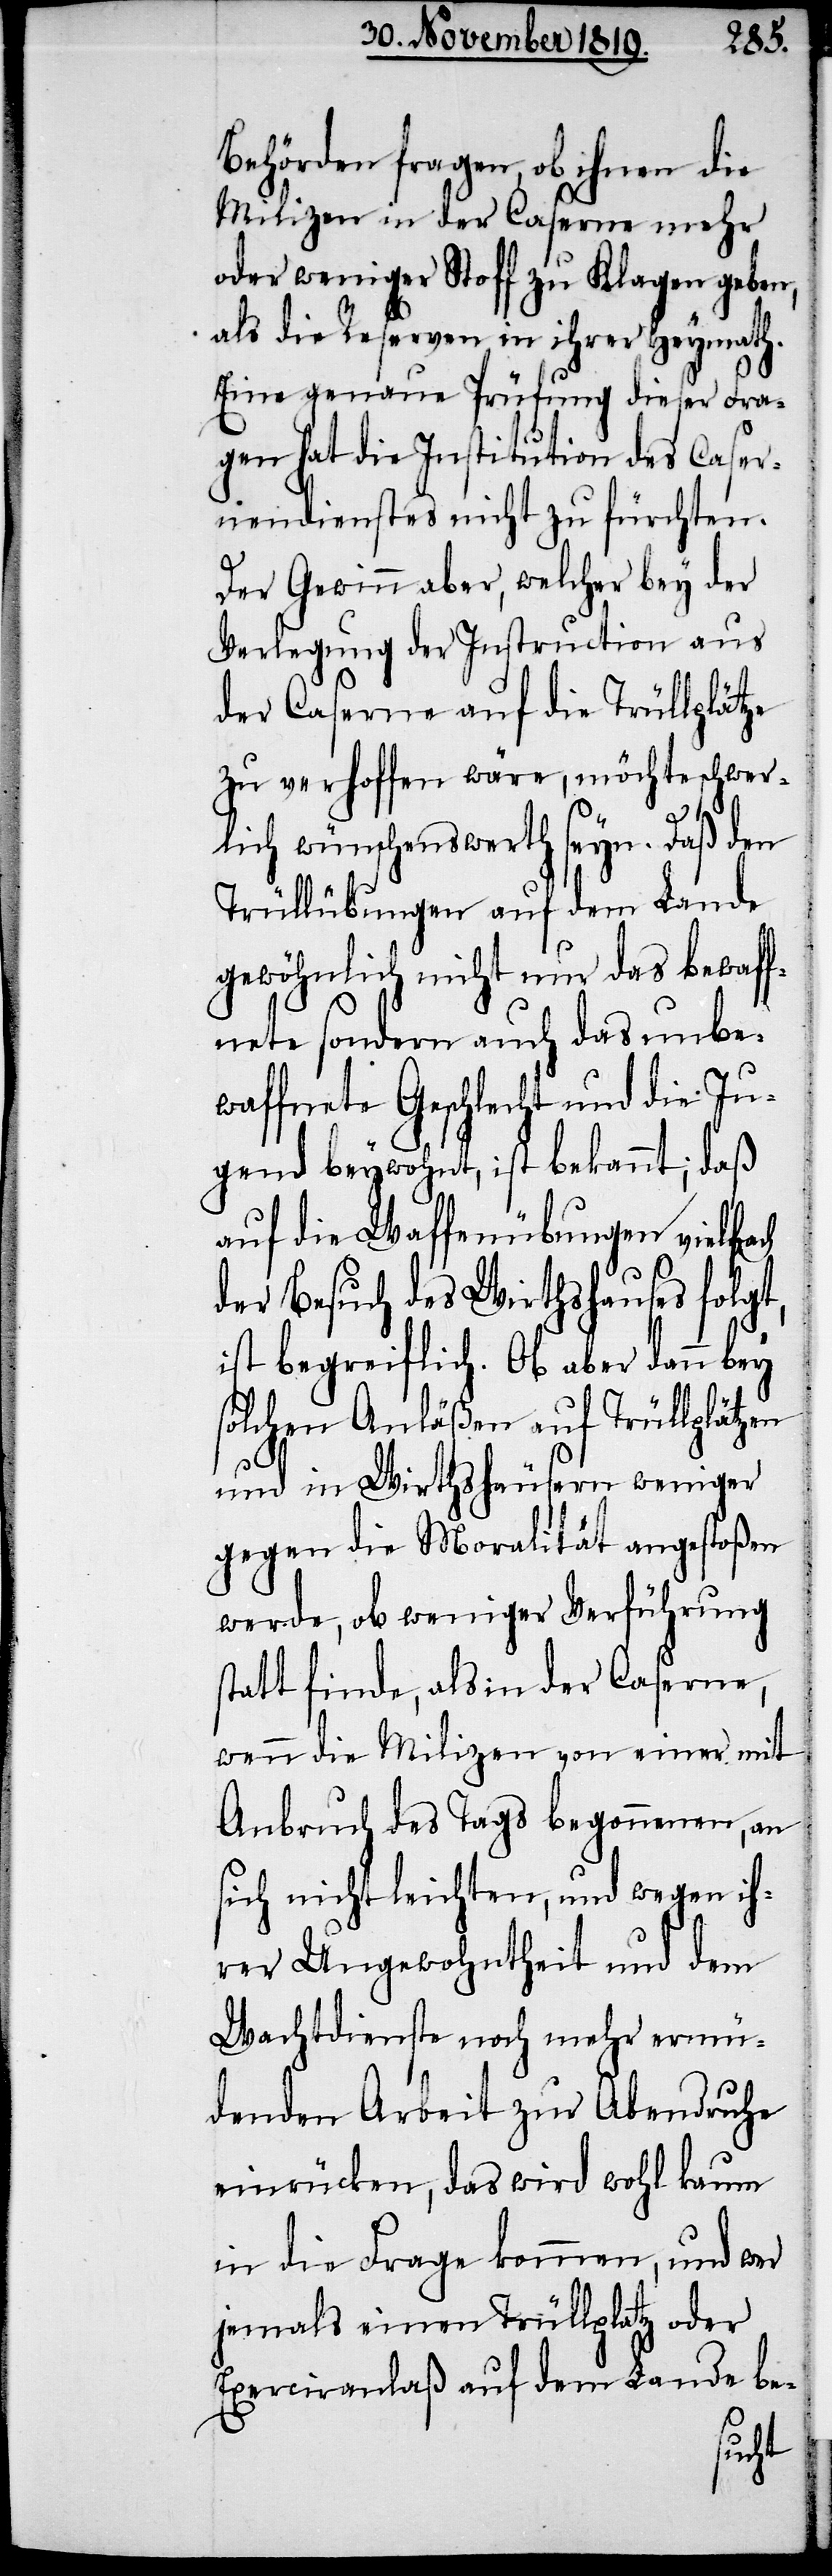
Behörden fragen, ob ihnen die
Milizen in der Caserne mehr
oder weniger Stoff zu Klagen geben,
als die Reserven in ihrer Heymath.
Eine genaue Prüfung dieser Fra¬
gen hat die Institution des Caser¬
nendienstes nicht zu fürchten.
Der Gewinn aber, welcher bey der
Verlegung der Instruction aus
der Caserne auf die Trüllplätze
zu verhoffen wäre, möchte schwer¬
lich wünschenswerth seyn. Daß den
Trüllübungen auf dem Lande
gewöhnlich nicht nur das bewaff¬
nete sondern auch das unbe¬
waffnete Geschlecht und die Ju¬
gend beywohnt, ist bekannt; daß
auf die Waffenübungen vielfach
der Besuch des Wirthshauses folgt,
ist begreiflich. Ob aber dann bey
solchen Anläßen auf Trüllplätzen
und in Wirthshäusern weniger
gegen die Moralität angestoßen
werde, ob weniger Verführung
statt finde, als in der Caserne,
wenn die Milizen von einer mit
Anbruch des Tags begonnenen, an
sich nicht leichten, und wegen ih¬
rer Ungewohntheit und dem
Wachtdienste noch mehr ermü¬
denden Arbeit zur Abendruhe
einrücken, das wird wohl kaum
in die Frage kommen, und wer
jemals einen Trüllplatz oder
Exerciranlaß auf dem Lande be-